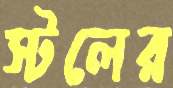
স্টলের